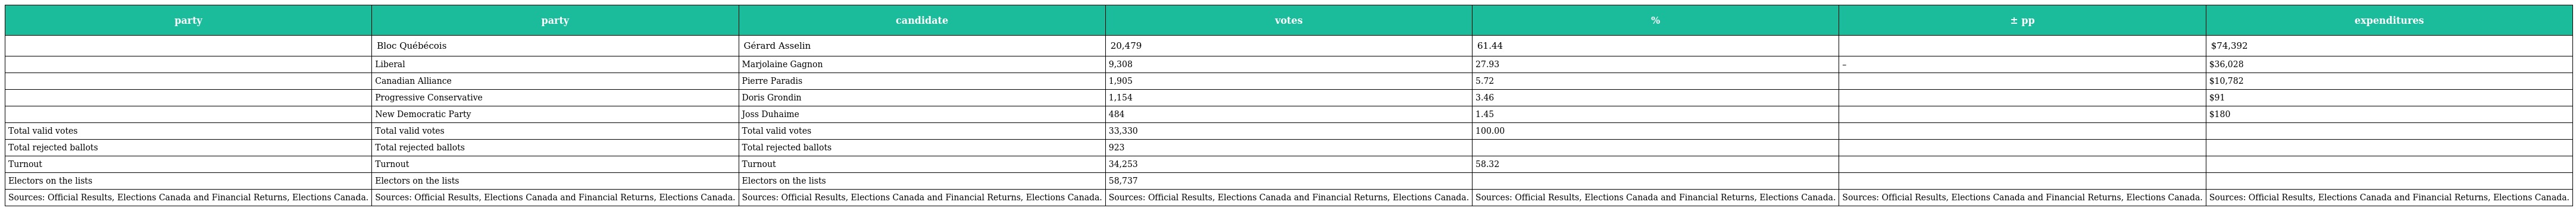
| party | party | candidate | votes | % | ± pp | expenditures |
 | --- | --- | --- | --- | --- | --- | --- |
 |  | Bloc Québécois | Gérard Asselin | 20,479 | 61.44 |  | $74,392 |
 |  | Liberal | Marjolaine Gagnon | 9,308 | 27.93 | – | $36,028 |
 |  | Canadian Alliance | Pierre Paradis | 1,905 | 5.72 |  | $10,782 |
 |  | Progressive Conservative | Doris Grondin | 1,154 | 3.46 |  | $91 |
 |  | New Democratic Party | Joss Duhaime | 484 | 1.45 |  | $180 |
 | Total valid votes | Total valid votes | Total valid votes | 33,330 | 100.00 |  |  |
 | Total rejected ballots | Total rejected ballots | Total rejected ballots | 923 |  |  |  |
 | Turnout | Turnout | Turnout | 34,253 | 58.32 |  |  |
 | Electors on the lists | Electors on the lists | Electors on the lists | 58,737 |  |  |  |
 | Sources: Official Results, Elections Canada and Financial Returns, Elections Canada. | Sources: Official Results, Elections Canada and Financial Returns, Elections Canada. | Sources: Official Results, Elections Canada and Financial Returns, Elections Canada. | Sources: Official Results, Elections Canada and Financial Returns, Elections Canada. | Sources: Official Results, Elections Canada and Financial Returns, Elections Canada. | Sources: Official Results, Elections Canada and Financial Returns, Elections Canada. | Sources: Official Results, Elections Canada and Financial Returns, Elections Canada. |